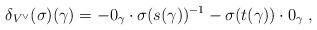
LaTeX: \begin{align*}\delta_{V^\vee}(\sigma)(\gamma) = -0_\gamma\cdot\sigma(s(\gamma))^{-1} -\sigma(t(\gamma))\cdot 0_\gamma\;, \end{align*}